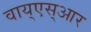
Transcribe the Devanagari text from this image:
वाय्‌एस्‌आर